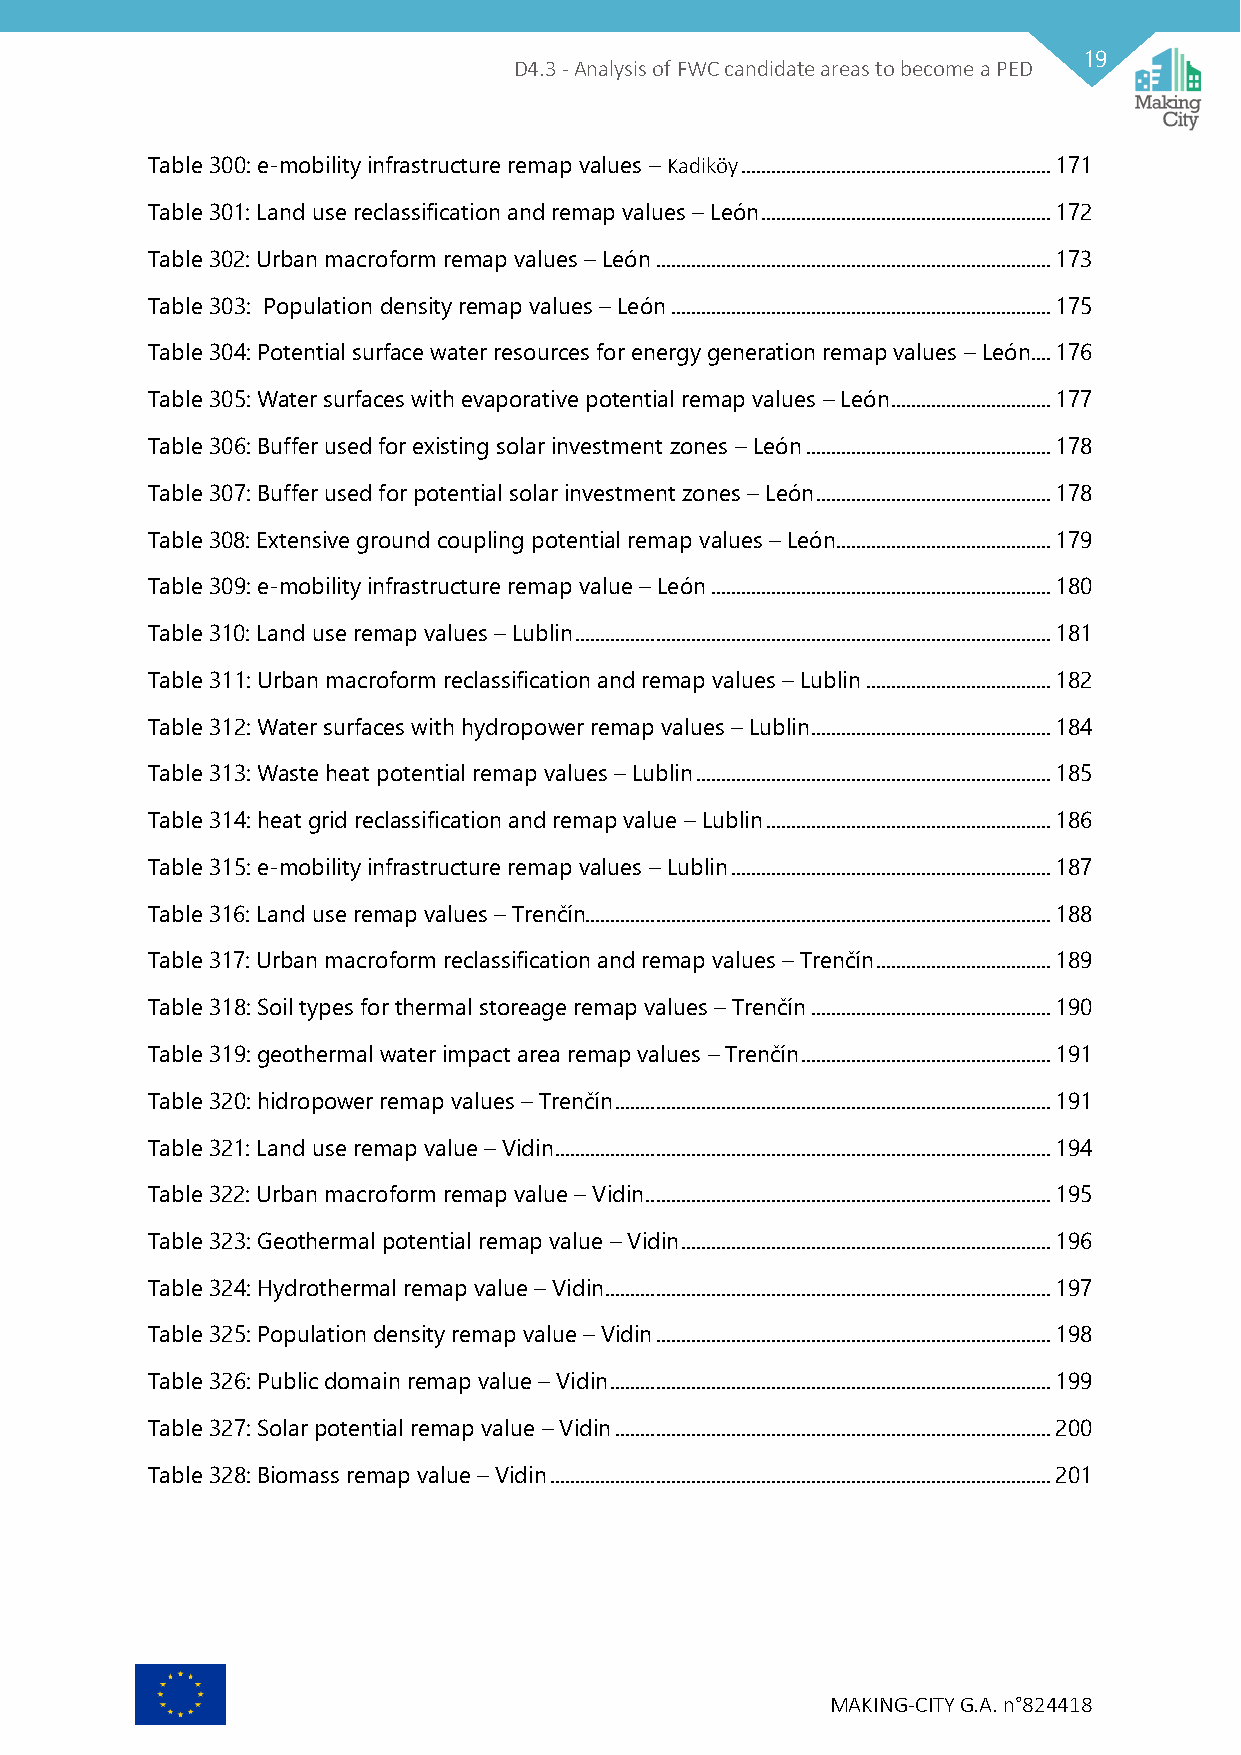
19
 D4.3 - Analysis of FWC candidate areas to become a PED
 Table 300: e-mobility infrastructure remap values – Kadiköy .............................................................. 171
 Table 301: Land use reclassification and remap values – León .......................................................... 172
 Table 302: Urban macroform remap values – León ............................................................................... 173
 Table 303: Population density remap values – León ............................................................................ 175
 Table 304: Potential surface water resources for energy generation remap values – León .... 176
 Table 305: Water surfaces with evaporative potential remap values – León ................................ 177
 Table 306: Buffer used for existing solar investment zones – León ................................................. 178
 Table 307: Buffer used for potential solar investment zones – León ............................................... 178
 Table 308: Extensive ground coupling potential remap values – León........................................... 179
 Table 309: e-mobility infrastructure remap value – León .................................................................... 180
 Table 310: Land use remap values – Lublin ............................................................................................... 181
 Table 311: Urban macroform reclassification and remap values – Lublin ..................................... 182
 Table 312: Water surfaces with hydropower remap values – Lublin ................................................ 184
 Table 313: Waste heat potential remap values – Lublin ....................................................................... 185
 Table 314: heat grid reclassification and remap value – Lublin ......................................................... 186
 Table 315: e-mobility infrastructure remap values – Lublin ................................................................ 187
 Table 316: Land use remap values – Trenčín............................................................................................. 188
 Table 317: Urban macroform reclassification and remap values – Trenčín ................................... 189
 Table 318: Soil types for thermal storeage remap values – Trenčín ................................................ 190
 Table 319: geothermal water impact area remap values – Trenčín .................................................. 191
 Table 320: hidropower remap values – Trenčín ....................................................................................... 191
 Table 321: Land use remap value – Vidin ................................................................................................... 194
 Table 322: Urban macroform remap value – Vidin ................................................................................. 195
 Table 323: Geothermal potential remap value – Vidin .......................................................................... 196
 Table 324: Hydrothermal remap value – Vidin ......................................................................................... 197
 Table 325: Population density remap value – Vidin ............................................................................... 198
 Table 326: Public domain remap value – Vidin ........................................................................................ 199
 Table 327: Solar potential remap value – Vidin ....................................................................................... 200
 Table 328: Biomass remap value – Vidin .................................................................................................... 201
 MAKING-CITY G.A. n°824418